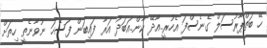
ހޭ ބަތްޕާރުސަލް ގެނެސްފަ އެހުރީ..އާދޭ ކާން..އަބަދު އަރާ ފައިބަން ފަސޭހަ ނުވާނެތީ ހިތަށް